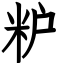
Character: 粐